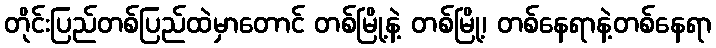
တိုင်းပြည်တစ်ပြည်ထဲမှာတောင် တစ်မြို့နဲ့ တစ်မြို့၊ တစ်နေရာနဲ့တစ်နေရာ